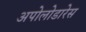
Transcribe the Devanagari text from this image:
अपोलोडारेस